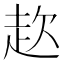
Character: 赼